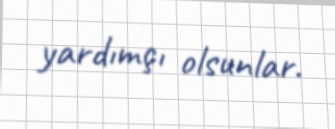
yardımçı olsunlar.